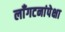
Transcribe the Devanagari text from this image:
लाँगटनांपेक्षा